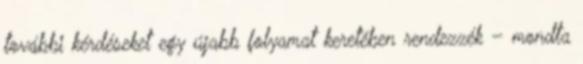
további kérdéseket egy újabb folyamat keretében rendezzék – mondta